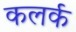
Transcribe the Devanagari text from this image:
कलर्क